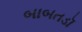
બાબતડૉ